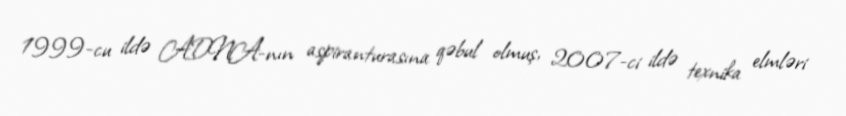
1999-cu ildə ADNA-nın aspiranturasına qəbul olmuş, 2007-ci ildə texnika elmləri